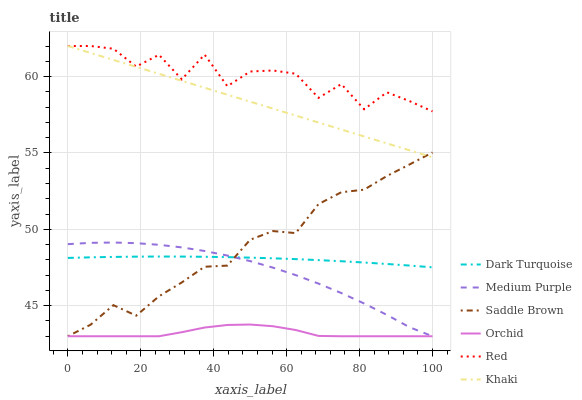
| xaxis_label | Dark Turquoise | Medium Purple | Saddle Brown | Orchid | Red | Khaki |
 | --- | --- | --- | --- | --- | --- | --- |
 | 0 | 48.1 | 49 | 43 | 43 | 62 | 62 |
 | 6.25 | 48.2 | 49.1 | 43.8 | 43 | 62 | 61.5 |
 | 12.5 | 48.2 | 49.1 | 45 | 43 | 61.8 | 61.1 |
 | 18.8 | 48.2 | 49.1 | 44.3 | 43 | 60.7 | 60.6 |
 | 25 | 48.2 | 49 | 45.6 | 43 | 61.4 | 60.2 |
 | 31.2 | 48.2 | 48.8 | 46.5 | 43.3 | 59.8 | 59.7 |
 | 37.5 | 48.2 | 48.6 | 47.6 | 43.6 | 61.4 | 59.3 |
 | 43.8 | 48.2 | 48.3 | 47.6 | 43.7 | 59.4 | 58.8 |
 | 50 | 48.1 | 47.9 | 49.3 | 43.8 | 60.3 | 58.4 |
 | 56.2 | 48.1 | 47.5 | 49.9 | 43.7 | 60.4 | 57.9 |
 | 62.5 | 48 | 47 | 49.8 | 43.4 | 60.2 | 57.4 |
 | 68.8 | 48 | 46.4 | 51.7 | 43 | 58.6 | 57 |
 | 75 | 47.9 | 45.8 | 52.4 | 43 | 59.5 | 56.5 |
 | 81.2 | 47.8 | 45.1 | 52.6 | 43 | 57.9 | 56.1 |
 | 87.5 | 47.7 | 44.4 | 53.5 | 43 | 59 | 55.6 |
 | 93.8 | 47.6 | 43.6 | 54.3 | 43 | 58.4 | 55.2 |
 | 100 | 47.5 | 43 | 55 | 43 | 57.7 | 54.7 |